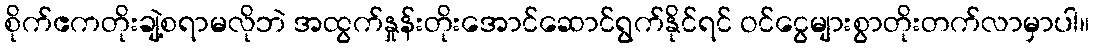
စိုက်ဧကတိုးချဲ့စရာမလိုဘဲ အထွက်နှုန်းတိုးအောင်ဆောင်ရွက်နိုင်ရင် ဝင်ငွေများစွာတိုးတက်လာမှာပါ။